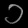
Digit: ၁